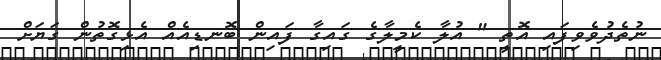
ނުތެދުވެވިފައި އޮތީ " އުލާ ކެމީލާގެ ގައިގާ ފައިން ބޮނޑިއެއް އެޅިގޮތުން ގަޔަށް